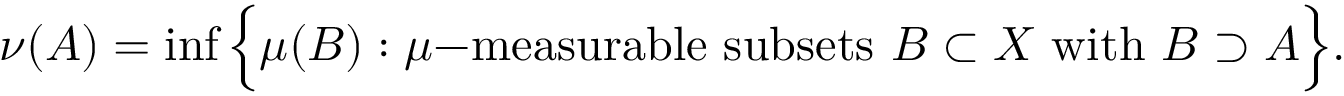
\nu ( A ) = \operatorname* { i n f } { \Big \{ } \mu ( B ) : \mu { \mathrm { - m e a s u r a b l e ~ s u b s e t s ~ } } B \subset X { \mathrm { ~ w i t h ~ } } B \supset A { \Big \} } .